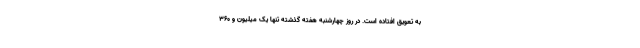
به تعویق افتاده است. در روز چهارشنبه هفته گذشته تنها یک میلیون و ۳۶۰